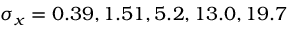
\sigma _ { x } = 0 . 3 9 , 1 . 5 1 , 5 . 2 , 1 3 . 0 , 1 9 . 7